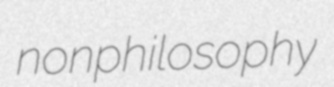
nonphilosophy